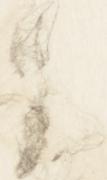
已